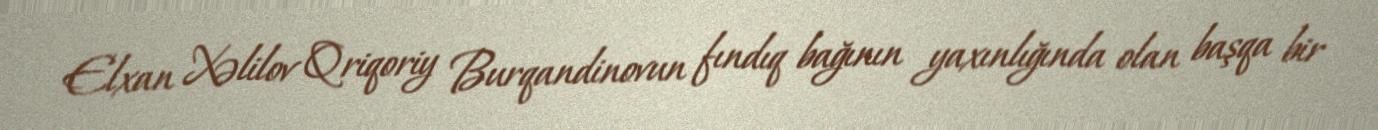
Elxan Xəlilov Qriqoriy Burqandinovun fındıq bağının yaxınlığında olan başqa bir